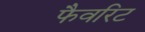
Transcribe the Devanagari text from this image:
फैवरिट